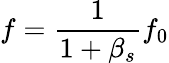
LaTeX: f={\frac{1}{1+\beta_{s}}}f_{0}